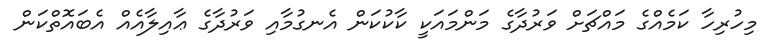
މިހުރިހާ ކަމެއްގެ މައްޗަށް ވަރުދާގެ މަންމައަކީ ކާކުކަން އެނގުމާއި ވަރުދާގެ ޢާއިލާއެއް އެބައޮތްކަން